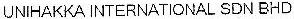
UNIHAKKA INTERNATIONAL SDN BHD